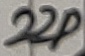
Text: 22p